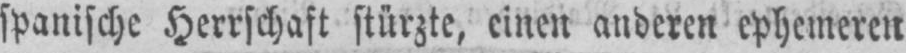
spanische Herrschaft stürzte, einen anderen ephemeren